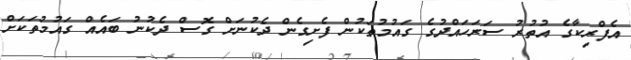
އެފްރިކާގެ އުތުރު ސަރަހައްދުގެ ގައުމުތަކުން ފެށިގެން ދެކުނަށް ގޮސް ދެކުނު ބައެއް ގައުމުތަކަށް